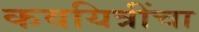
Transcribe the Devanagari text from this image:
कवयित्रींचा